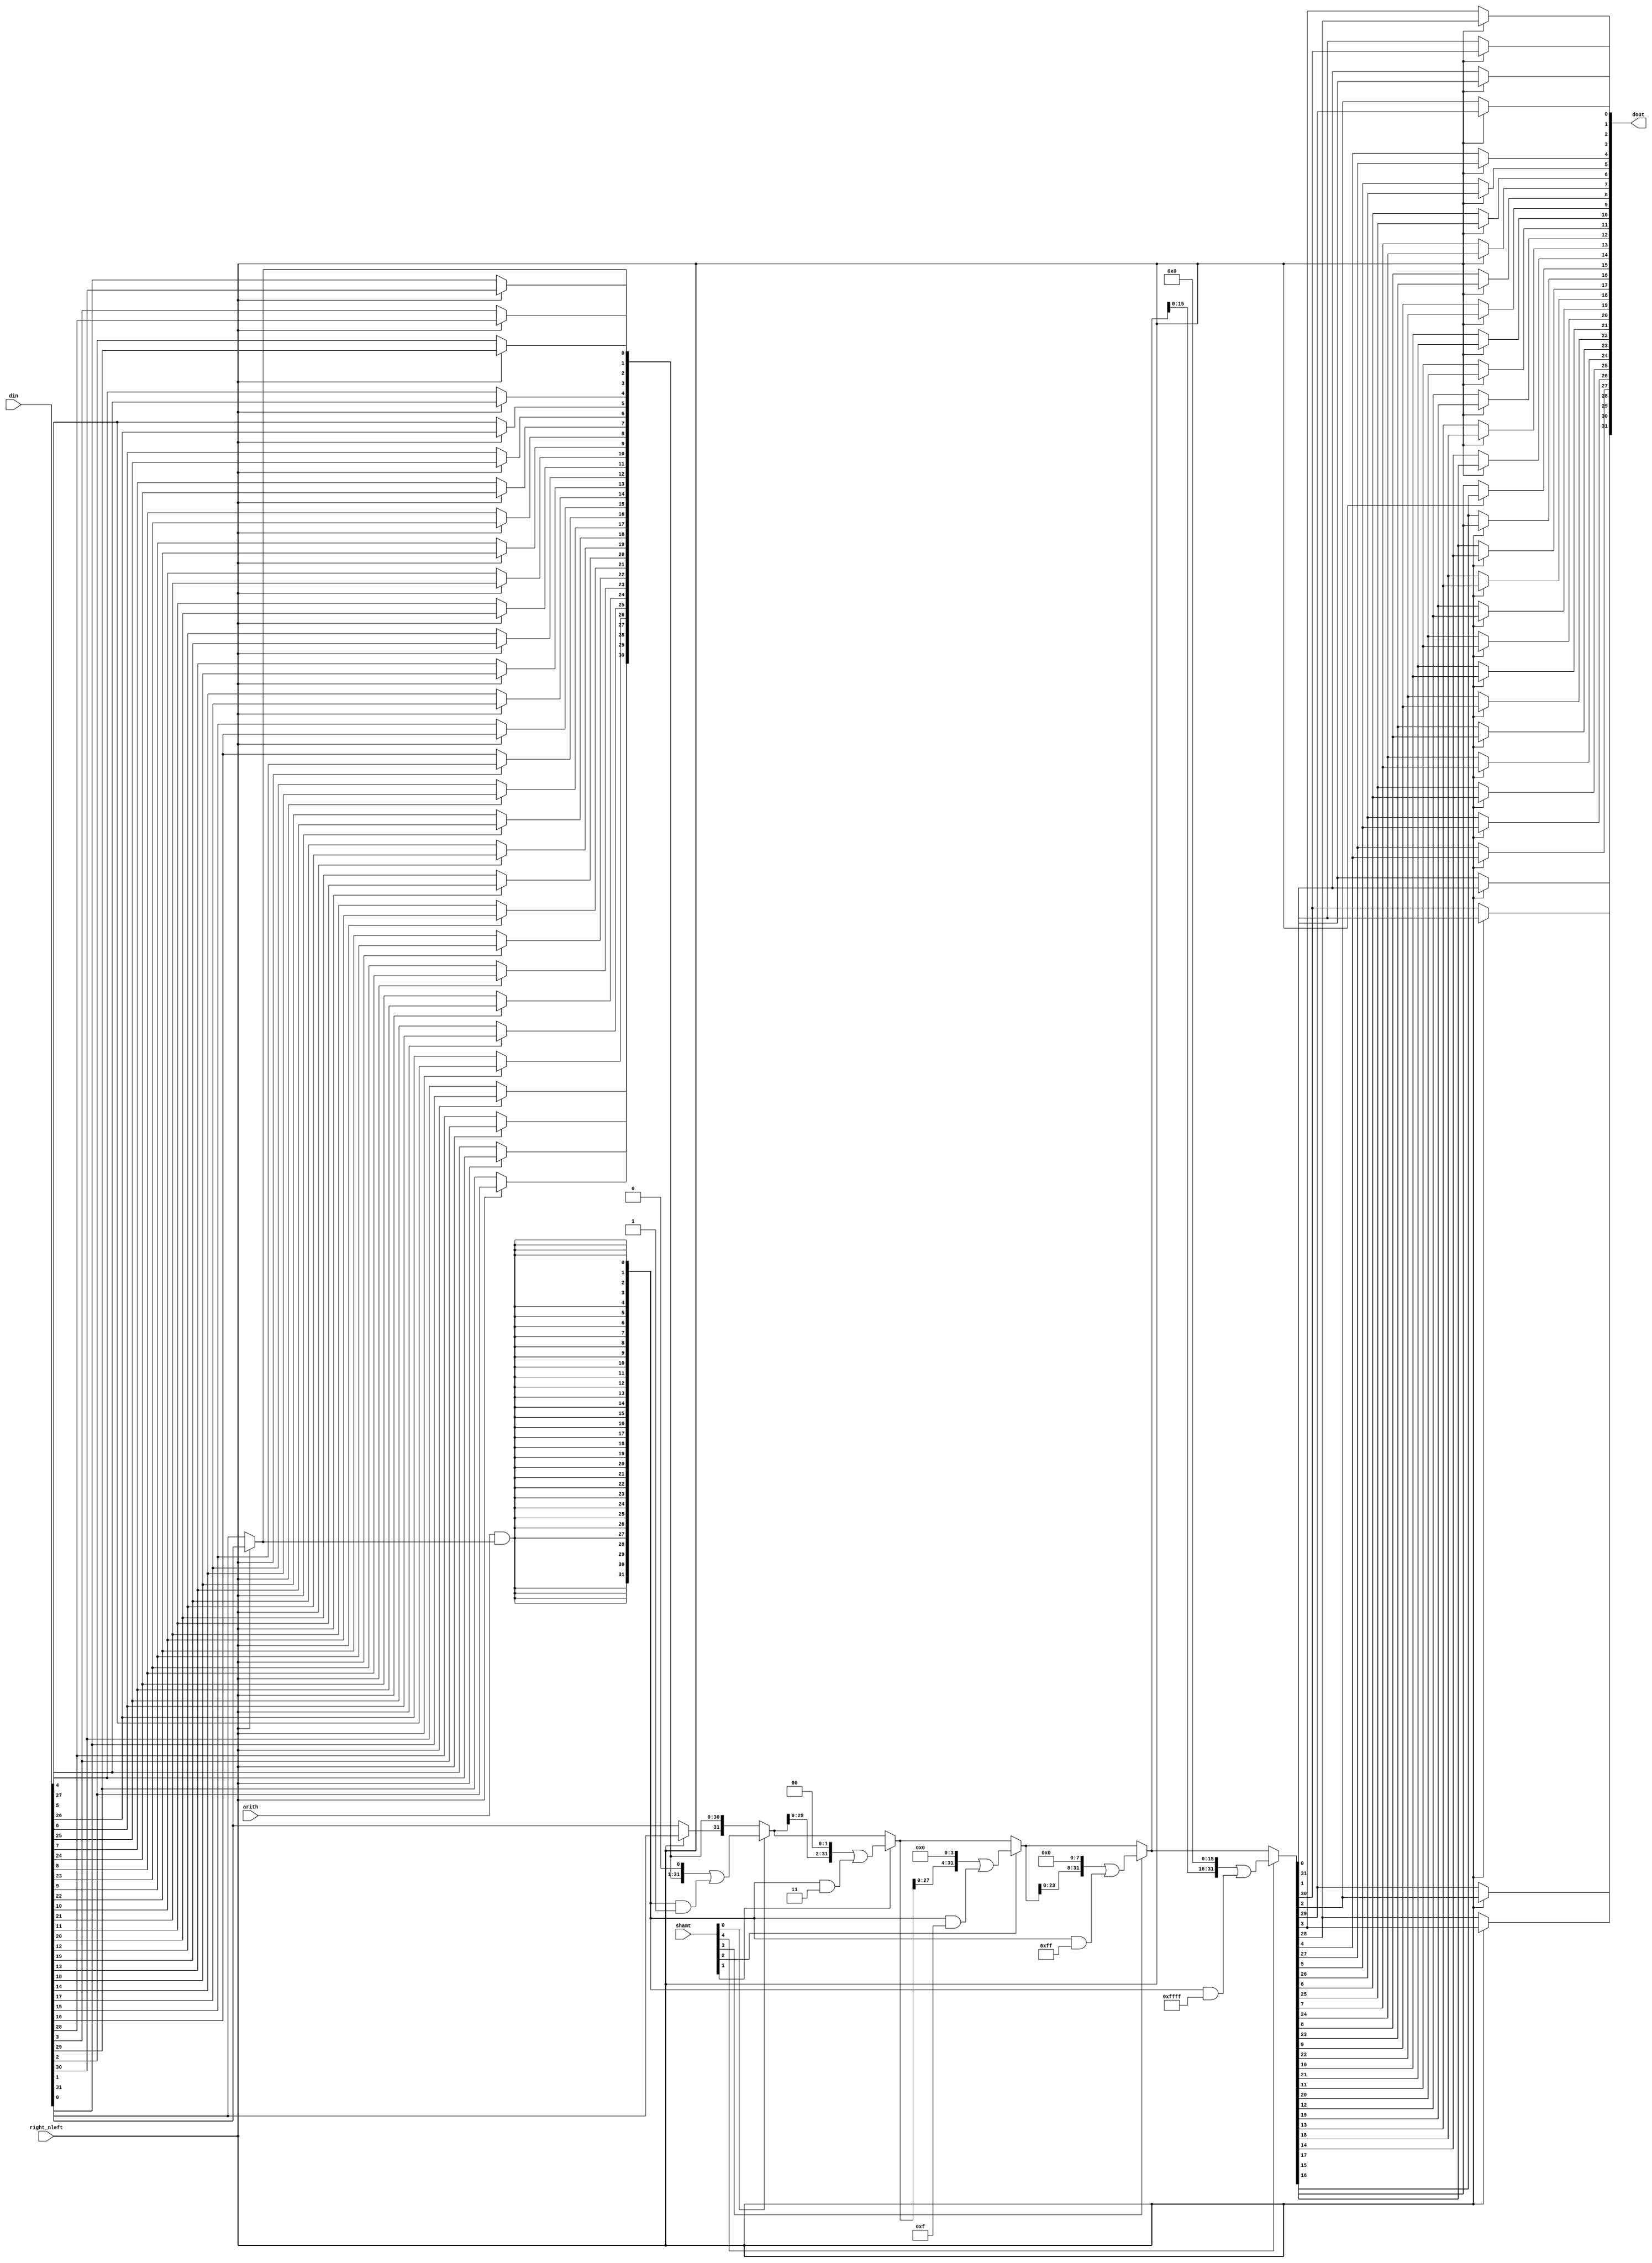
/**********************************************************************
 * DO WHAT THE FUCK YOU WANT TO AND DON'T BLAME US PUBLIC LICENSE     *
 *                    Version 3, April 2008                           *
 *                                                                    *
 * Copyright (C) 2018 Luke Wren                                       *
 *                                                                    *
 * Everyone is permitted to copy and distribute verbatim or modified  *
 * copies of this license document and accompanying software, and     *
 * changing either is allowed.                                        *
 *                                                                    *
 *   TERMS AND CONDITIONS FOR COPYING, DISTRIBUTION AND MODIFICATION  *
 *                                                                    *
 * 0. You just DO WHAT THE FUCK YOU WANT TO.                          *
 * 1. We're NOT RESPONSIBLE WHEN IT DOESN'T FUCKING WORK.             *
 *                                                                    *
 *********************************************************************/

// Implement the three shifts (left logical, right logical, right arithmetic)
// using a single log-type barrel shifter. Around 240 LUTs for 32 bits.
// (7 layers of 32 2-input muxes, some extra LUTs and LUT inputs used for arith)

module hazard5_shift_barrel #(
	parameter W_DATA = 32,
	parameter W_SHAMT = 5
) (
	input wire [W_DATA-1:0]  din,
	input wire [W_SHAMT-1:0] shamt,
	input wire               right_nleft,
	input wire               arith,
	output reg [W_DATA-1:0]  dout
);

integer i;

reg [W_DATA-1:0] din_rev;
reg [W_DATA-1:0] shift_accum;
wire sext = arith && din_rev[0]; // haha

always @ (*) begin
	for (i = 0; i < W_DATA; i = i + 1)
		din_rev[i] = right_nleft ? din[W_DATA - 1 - i] : din[i];
end

always @ (*) begin
	shift_accum = din_rev;
	for (i = 0; i < W_SHAMT; i = i + 1) begin
		if (shamt[i]) begin
			shift_accum = (shift_accum << (1 << i)) |
				({W_DATA{sext}} & ~({W_DATA{1'b1}} << (1 << i)));
		end
	end
end

always @ (*) begin
	for (i = 0; i < W_DATA; i = i + 1)
		dout[i] = right_nleft ? shift_accum[W_DATA - 1 - i] : shift_accum[i];
end

`ifdef FORMAL
always @ (*) begin
	if (right_nleft && arith) begin: asr
		assert($signed(dout) == $signed(din) >>> $signed(shamt));
	end else if (right_nleft && !arith) begin
		assert(dout == din >> shamt);
	end else if (!right_nleft && !arith) begin
		assert(dout == din << shamt);
	end
end
`endif

endmodule